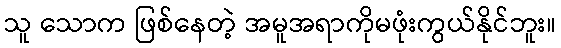
သူ သောက ဖြစ်နေတဲ့ အမူအရာကိုမဖုံးကွယ်နိုင်ဘူး။